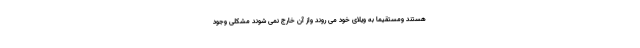
هستند ومستقیما به ویلای خود می روند واز آن خارج نمی شوند مشکلی وجود